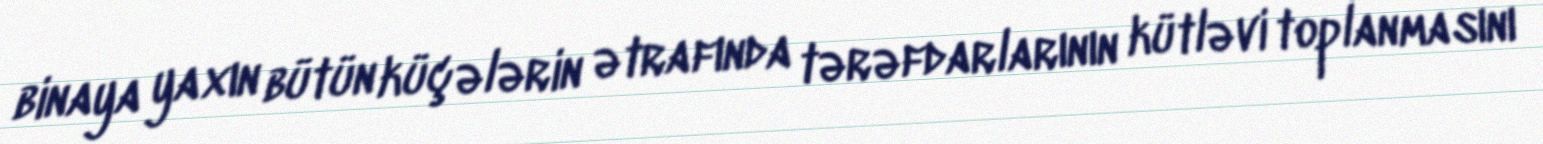
binaya yaxın bütün küçələrin ətrafında tərəfdarlarının kütləvi toplanmasını